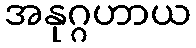
အနုဂ္ဂဟာယ